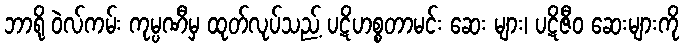
ဘာရို ဝဲလ်ကမ်း ကုမ္ပဏီမှ ထုတ်လုပ်သည့် ပဋိဟစ္စတာမင်း ဆေး များ၊ ပဋိဇီဝ ဆေးများကို